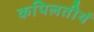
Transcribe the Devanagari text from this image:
कपिलतीर्थ